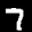
Label: 7